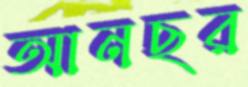
আনছর